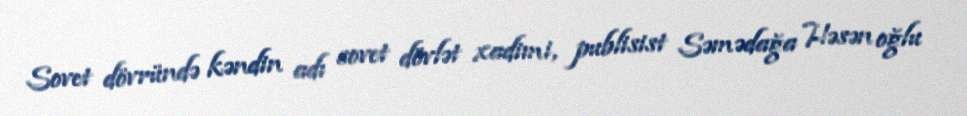
Sovet dövründə kəndin adı sovet dövlət xadimi, publisist Səmədağa Həsən oğlu